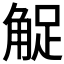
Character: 𧣫